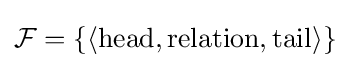
{\mathcal {F}}=\{\langle {\text{head}},{\text{relation}},{\text{tail}}\rangle \}